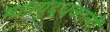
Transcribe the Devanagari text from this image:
महायुद्धकालों